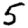
Digit: 5